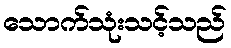
သောက်သုံးသင့်သည်